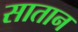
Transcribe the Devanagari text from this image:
सातान